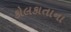
કોલકાતાના